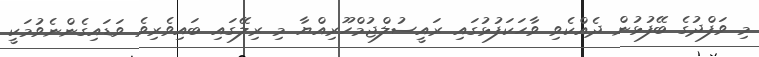
މި ވަފްދުގެ ބޭފުޅުން ދެއްކެވި ވާހަކަފުޅުގައި ރައީސުލްޖުމްހޫރިއްޔާ މި ރިލޭގައި ބައިވެރިވެ ވަޑައިގެންނެވުމަކީ